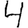
Digit: 4